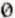
0